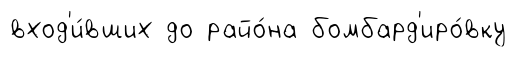
вход'и́вших до райо́на бомбард'иро́вку